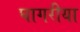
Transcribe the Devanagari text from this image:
घागरीया